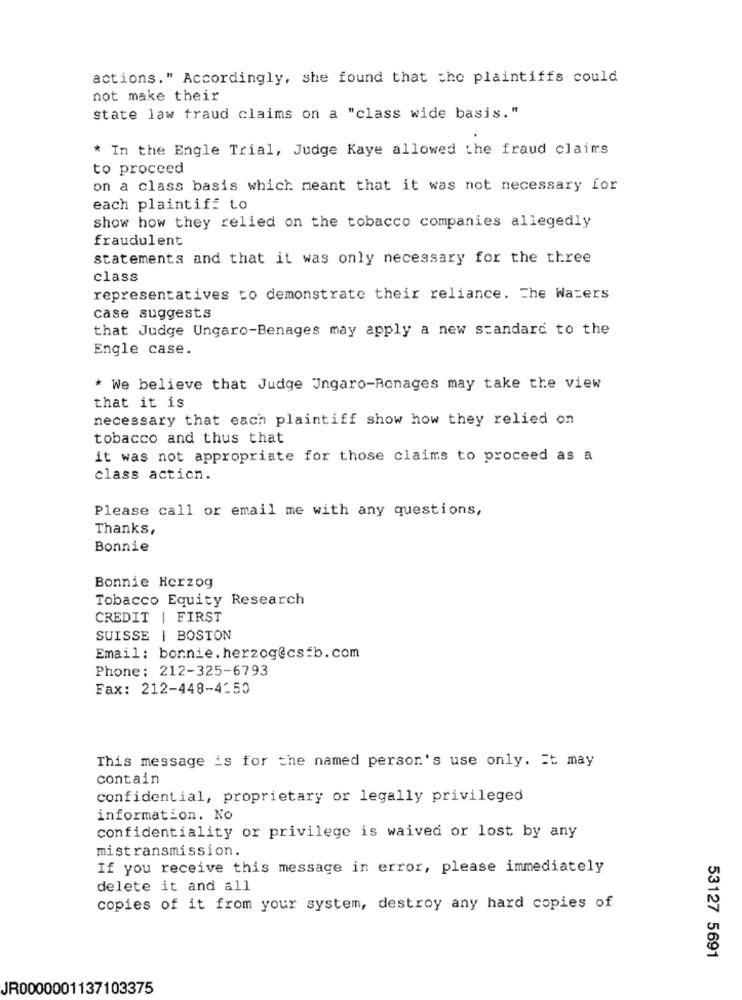
actions." Accordingly, she found that the plaintiffs could
not make their
state law fraud claims on a "class wide basis."
* In the Engle Trial, Judge Kaye allowed the fraud claims
to proceed
on a class basis which meant that it was not necessary for
each plaintiff to
show how they relied on the tobacco companies allegedly
fraudulent
statements and that it was only necessary for the three
class
representatives to demonstrate their reliance. The Waters
case suggests
that Judge Ungaro-Benages may apply a new standard to the
Engle case.
* We believe that Judge Jngaro-Ronages may take the view
that it is
necessary that each plaintiff show how they relied on
tobacco and thus that
it was not appropriate for those claims to proceed as a
class action.
Please call or email me with any questions,
Thanks,
Bonnie
Bonnie Herzog
Tobacco Equity Research
CREDIT | FIRST
SUISSE | BOSTON
Email: bonnie.herzog@csfb.com
Phone: 212-325-6793
Fax: 212-448-4:50
This message is for the named person's use only. it may
contain
confidential, proprietary or legally privileged
information. No
confidentiality or privilege is waived or lost by any
mistransmission.
If you receive this message in error, please immediately
delete it and all
copies of it from your system, destroy any hard copies of
53127 5691
JR0000001137103375